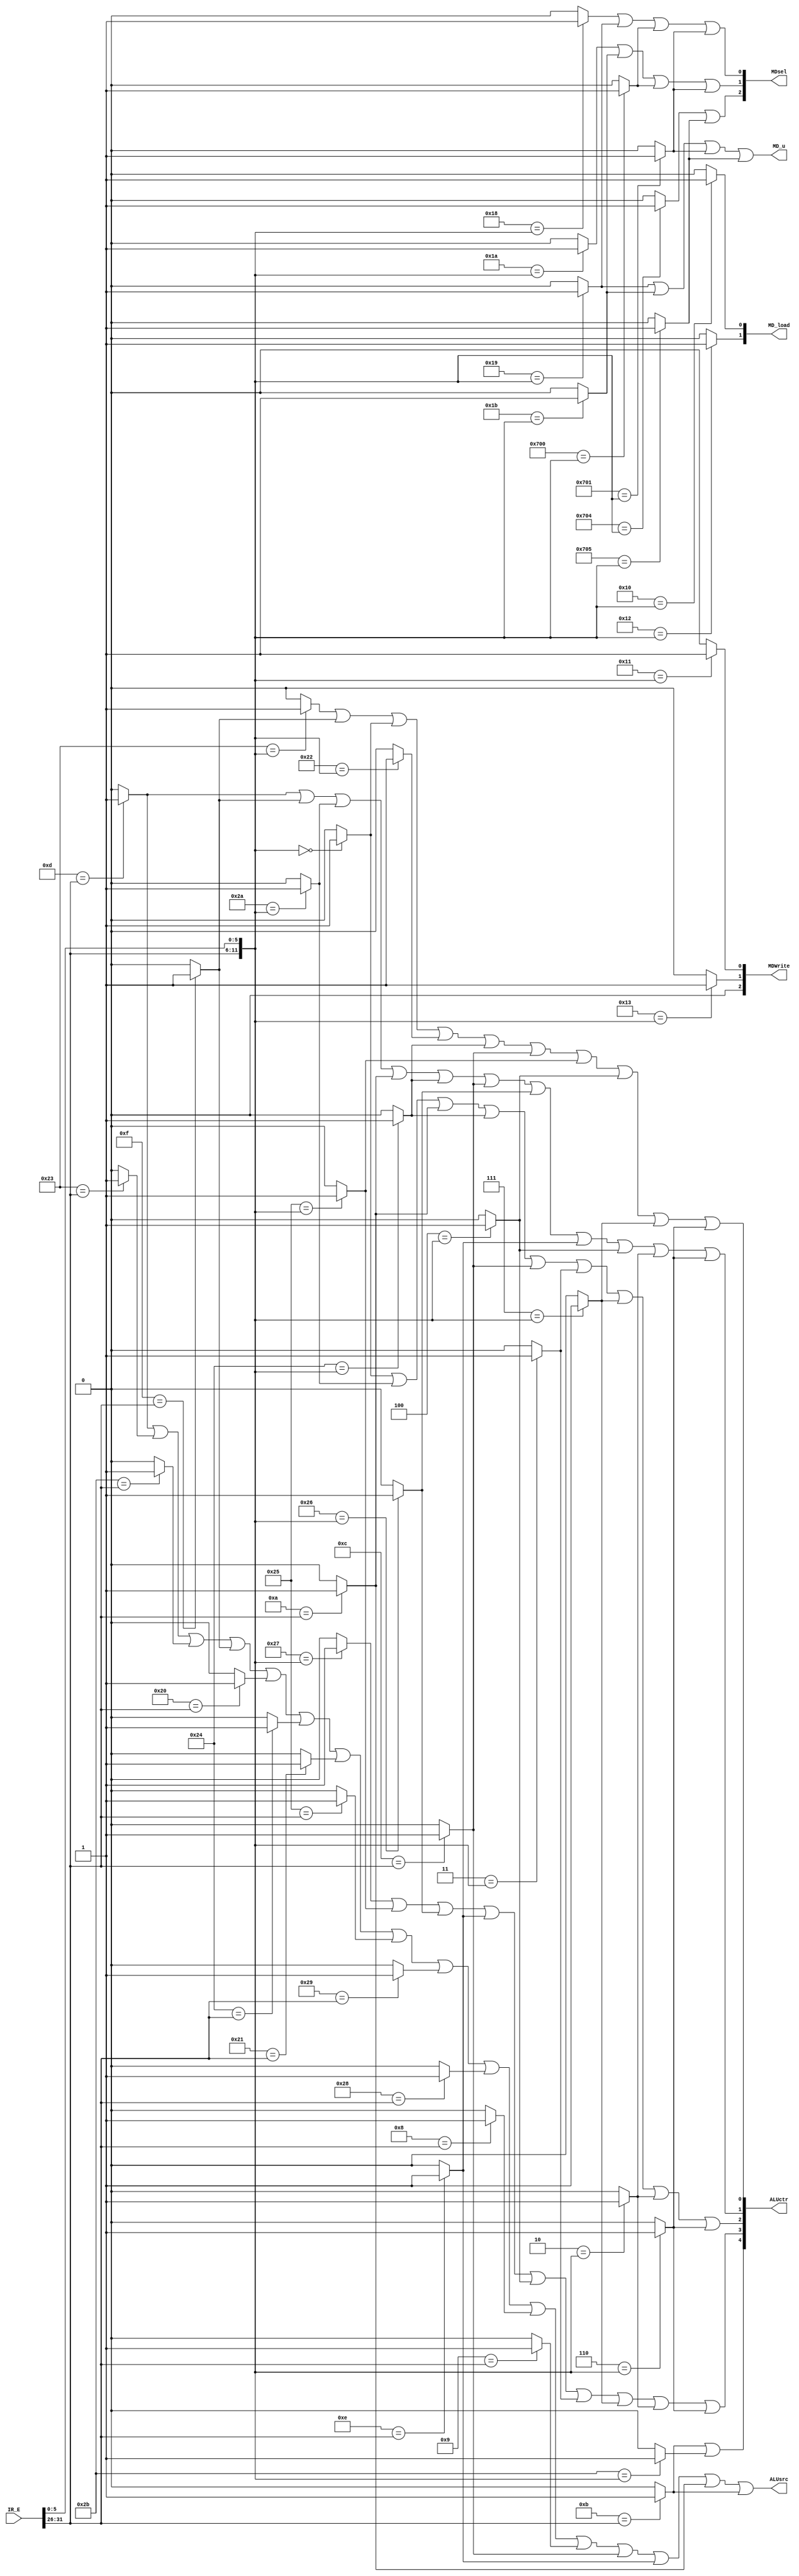
`timescale 1ns / 1ps
//////////////////////////////////////////////////////////////////////////////////
// Company: 
// Engineer: 
// 
// Design Name: 
// Module Name:    contr_E 
// Project Name: 
// Target Devices: 
// Tool versions: 
// Description: 
//
// Dependencies: 
//
// Revision: 
// Revision 0.01 - File Created
// Additional Comments: 
//
//////////////////////////////////////////////////////////////////////////////////
    `define ADDU 12'b000000100001
	 `define SUBU 12'b000000100011
	 `define ORI 6'b001101
	 `define LW 6'b100011
	 `define SW 6'b101011
	 `define BEQ 6'b000100
	 `define LUI 6'b001111
	 `define SLL 12'b000000000000
	 `define JAL 6'b000011
	 `define JR 12'b000000001000
	 `define J 6'b000010
	 //
	 `define BGEZAL 11'b00000110001
	 `define LB 6'b100000
	 `define LBU 6'b100100
	 `define LH 6'b100001
	 `define LHU 6'b100101
	 `define SB 6'b101000
	 `define SH 6'b101001
	 `define SLT 12'b000000101010
	 //P6
	 `define ADD 12'b000000100000
	 `define ADDI 6'b001000
	 `define ADDIU 6'b001001
	 `define AND 12'b000000100100
	 `define ANDI 6'b001100
	 `define BGEZ 11'b00000100001//rt
	 `define BGTZ 6'b000111
	 `define BLEZ 6'b000110
	 `define BLTZ 11'b00000100000
	 `define BNE 6'b000101
	 `define DIV 12'b000000011010
	 `define DIVU 12'b000000011011
	 `define JALR 12'b000000001001
	 `define MFHI 12'b000000010000
	 `define MFLO 12'b000000010010
	 `define MTHI 12'b000000010001
	 `define MTLO 12'b000000010011
	 `define MULT 12'b000000011000
	 `define MULTU 12'b000000011001
	 `define NOR 12'b000000100111
	 `define OR 12'b000000100101
	 `define SLLV 12'b000000000100
	 `define SLTI 6'b001010
	 `define SLTIU 6'b001011
	 `define SLTU 12'b000000101011
	 `define SRA 12'b000000000011
	 `define SRAV 12'b000000000111
	 `define SRL 12'b000000000010
	 `define SRLV 12'b000000000110
	 `define SUB 12'b000000100010
	 `define XOR 12'b000000100110
	 `define XORI 6'b001110
	 //
	 `define MADD 12'b011100000000
	 `define MADDU 12'b011100000001
	 `define MSUB 12'b011100000100
	 `define MSUBU 12'b011100000101
module contr_E(
    input [31:0] IR_E,
    output [4:0] ALUctr,
    output ALUsrc,
	 output [2:0] MDWrite,
	 output [2:0] MDsel,
	 output [1:0] MD_load,
	 output MD_u
	 //output [1:0] RegDst
    );
    wire [5:0] opcode,func;
	 wire [4:0] rt;
	 wire addu_,subu_,ori_,lw_,sw_,beq_,lui_,jr_,jal_,j_,sll_,lb_,lbu_,lh_,lhu_,sb_,sh_,slt_;
	 wire add_,addi_,addiu_,and_,andi_,bgez_,bgtz_,blez_,bltz_,bne_,div_,divu_,jalr_,mfhi_,mflo_;
    wire mthi_,mtlo_,mult_,multu_,nor_,or_,sllv_,slti_,sltiu_,sltu_,sra_,srav_,srl_,srlv_,sub_,xor_,xori_;
	 wire madd_,maddu_,msub_,msubu_;
	 assign opcode = IR_E[31:26];
	 assign func = IR_E[5:0];
	 assign rt = IR_E[20:16];
	 //R
	 assign addu_ = (`ADDU=={opcode[5:0],func[5:0]})?1:0;
	 assign subu_ = (`SUBU=={opcode[5:0],func[5:0]})?1:0;
	 assign sll_ = (`SLL=={opcode[5:0],func[5:0]})?1:0;
	 assign jr_ = (`JR=={opcode[5:0],func[5:0]})?1:0;
	 //
	 assign ori_ = (`ORI=={opcode[5:0]})?1:0;
	 assign lw_ = (`LW=={opcode[5:0]})?1:0;
	 assign sw_ = (`SW=={opcode[5:0]})?1:0; 
    assign beq_ = (`BEQ=={opcode[5:0]})?1:0;	
    assign lui_ = (`LUI=={opcode[5:0]})?1:0;
    assign j_ = (`J=={opcode[5:0]})?1:0;	 
	 assign jal_ = (`JAL=={opcode[5:0]})?1:0;
	 //
	 assign bgezal_ = (`BGEZAL=={opcode[5:0],rt[4:0]})?1:0;
	 assign lb_ = (`LB=={opcode[5:0]})?1:0;
	 assign lbu_ = (`LBU=={opcode[5:0]})?1:0;
	 assign lh_ = (`LH=={opcode[5:0]})?1:0;
	 assign lhu_ = (`LHU=={opcode[5:0]})?1:0;
	 assign sb_ = (`SB=={opcode[5:0]})?1:0; 
	 assign sh_ = (`SH=={opcode[5:0]})?1:0; 
	 assign slt_ = (`SLT=={opcode[5:0],func[5:0]})?1:0;
	 //
	 assign add_ = (`ADD=={opcode[5:0],func[5:0]})?1:0;
	 assign addi_ = (`ADDI=={opcode[5:0]})?1:0;
	 assign addiu_ = (`ADDIU=={opcode[5:0]})?1:0;	 
	 assign and_ = (`AND=={opcode[5:0],func[5:0]})?1:0;
    assign andi_ = (`ANDI=={opcode[5:0]})?1:0;
	 assign bgez_ = (`BGEZ=={opcode[5:0],rt[4:0]})?1:0;
	 assign bgtz_ = (`BGTZ=={opcode[5:0]})?1:0;
	 assign blez_ = (`BLEZ=={opcode[5:0]})?1:0;
	 assign bltz_ = (`BLTZ=={opcode[5:0],rt[4:0]})?1:0;
	 assign bne_ = (`BNE=={opcode[5:0]})?1:0;
	 assign div_ = (`DIV=={opcode[5:0],func[5:0]})?1:0;
	 assign divu_ = (`DIVU=={opcode[5:0],func[5:0]})?1:0;
	 assign jalr_ = (`JALR=={opcode[5:0],func[5:0]})?1:0;
	 assign mfhi_ = (`MFHI=={opcode[5:0],func[5:0]})?1:0;
	 assign mflo_ = (`MFLO=={opcode[5:0],func[5:0]})?1:0;
	 assign mthi_ = (`MTHI=={opcode[5:0],func[5:0]})?1:0;
	 assign mtlo_ = (`MTLO=={opcode[5:0],func[5:0]})?1:0;
	 assign mult_ = (`MULT=={opcode[5:0],func[5:0]})?1:0;
	 assign multu_ = (`MULTU=={opcode[5:0],func[5:0]})?1:0;
	 assign nor_ = (`NOR=={opcode[5:0],func[5:0]})?1:0;
	 assign or_ = (`OR=={opcode[5:0],func[5:0]})?1:0;
	 assign sllv_ = (`SLLV=={opcode[5:0],func[5:0]})?1:0;
	 assign slti_ = (`SLTI=={opcode[5:0]})?1:0;
	 assign sltiu_ = (`SLTIU=={opcode[5:0]})?1:0;
	 assign sltu_ = (`SLTU=={opcode[5:0],func[5:0]})?1:0;
	 assign sra_ = (`SRA=={opcode[5:0],func[5:0]})?1:0;
	 assign srav_ = (`SRAV=={opcode[5:0],func[5:0]})?1:0;
	 assign srl_ = (`SRL=={opcode[5:0],func[5:0]})?1:0;
	 assign srlv_ = (`SRLV=={opcode[5:0],func[5:0]})?1:0;
	 assign sub_ = (`SUB=={opcode[5:0],func[5:0]})?1:0;
	 assign xor_ = (`XOR=={opcode[5:0],func[5:0]})?1:0;
	 assign xori_ = (`XORI=={opcode[5:0]})?1:0;
	 //
	 assign madd_ = (`MADD=={opcode[5:0],func[5:0]})?1:0;
    assign maddu_ = (`MADDU=={opcode[5:0],func[5:0]})?1:0;
	 assign msub_ = (`MSUB=={opcode[5:0],func[5:0]})?1:0;
	 assign msubu_ = (`MSUBU=={opcode[5:0],func[5:0]})?1:0;
	 //
	 assign ALUctr[4] = sltiu_||sltu_;
	 assign ALUctr[3] = nor_||or_||xor_||xori_||sllv_||sra_||srav_||srl_||srlv_;
	 assign ALUctr[2] = sll_||slt_||slti_||and_||andi_||sra_||srav_||srl_||srlv_;
	 assign ALUctr[1] = ori_||lui_||slt_||slti_||and_||andi_||xor_||xori_||sllv_||srl_||srlv_;
	 assign ALUctr[0] = subu_||lui_||sll_||sub_||and_||andi_||or_||sllv_||srav_||srlv_;
    assign ALUsrc = ori_||lw_||sw_||lui_||lb_||lbu_||lh_||lhu_||sh_||sb_||addi_||addiu_||andi_||xori_||slti_||sltiu_; //
	 assign MDWrite[2] = 0;
	 assign MDWrite[1] = mtlo_;
	 assign MDWrite[0] = mthi_;
	 assign MDsel[2] = msub_||msubu_;
	 assign MDsel[1] = div_||divu_||madd_||maddu_;
	 assign MDsel[0] = mult_||multu_||madd_||maddu_;
	 assign MD_u = multu_||divu_||maddu_||msubu_;
	 assign MD_load[1] = mflo_;
	 assign MD_load[0] = mfhi_;

endmodule